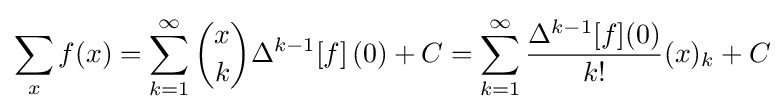
\sum _{x}f(x)=\sum _{k=1}^{\infty }{\binom {x}{k}}\Delta ^{k-1}[f]\left(0\right)+C=\sum _{k=1}^{\infty }{\frac {\Delta ^{k-1}[f](0)}{k!}}(x)_{k}+C